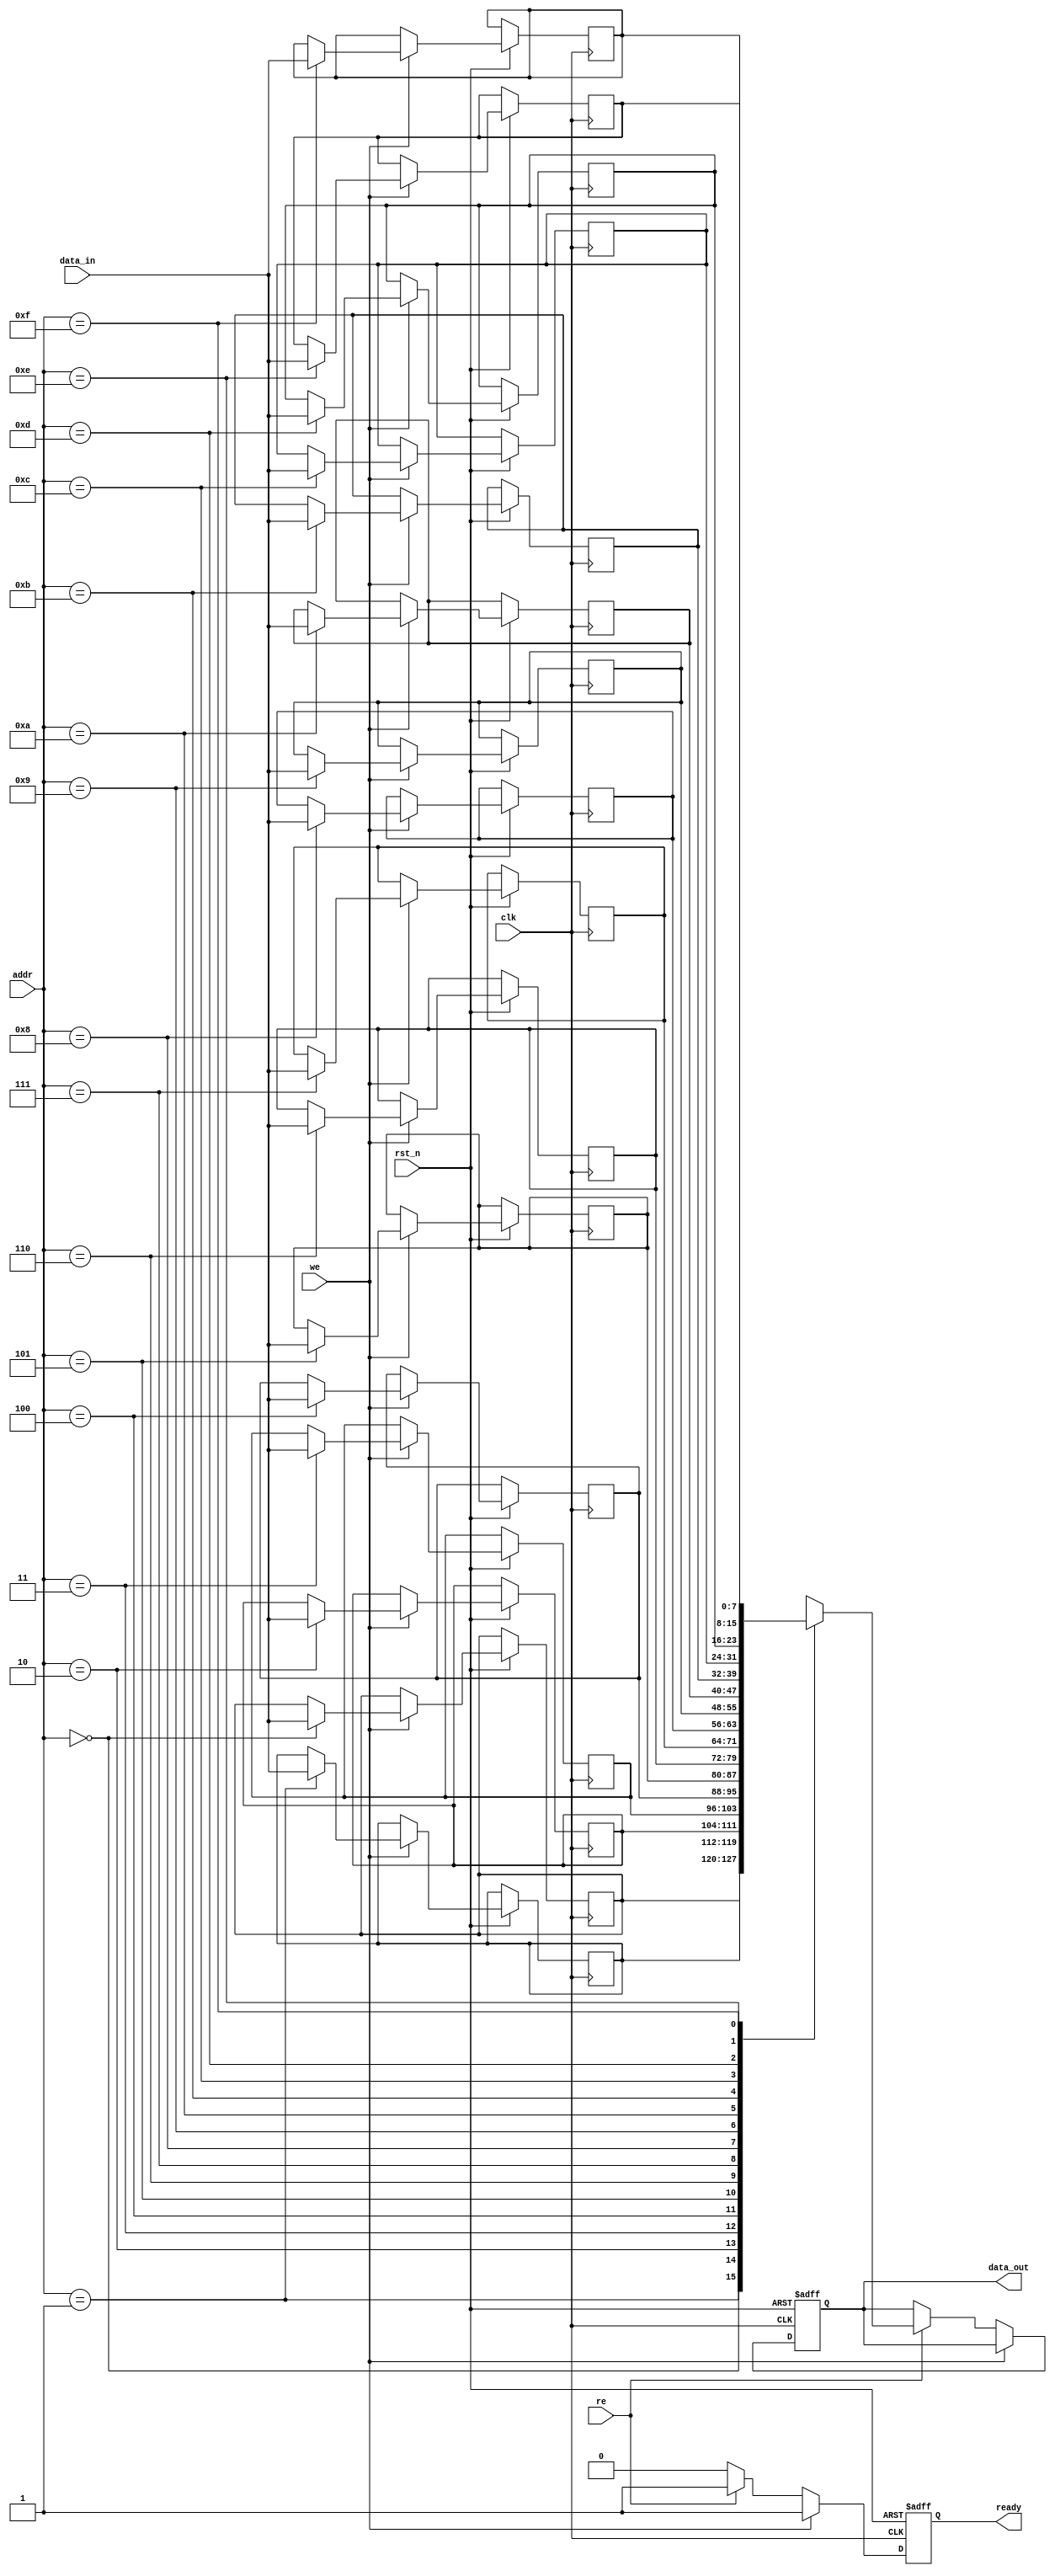
module low_power_sram #(
    parameter DATA_WIDTH = 8, // Configurable data width
    parameter ADDR_WIDTH = 4,  // Address width (for 16 words)
    parameter MEM_DEPTH = 1 << ADDR_WIDTH // Memory depth (2^ADDR_WIDTH)
)(
    input wire clk,
    input wire rst_n,
    input wire [ADDR_WIDTH-1:0] addr,
    input wire [DATA_WIDTH-1:0] data_in,
    input wire we, // Write enable
    input wire re, // Read enable
    output reg [DATA_WIDTH-1:0] data_out,
    output reg ready // Indicates operation completion
);

    // Memory array (6T SRAM cells)
    reg [DATA_WIDTH-1:0] mem [0:MEM_DEPTH-1];

    // Control logic
    always @(posedge clk or negedge rst_n) begin
        if (!rst_n) begin
            data_out <= 0;
            ready <= 0;
        end else begin
            ready <= 0; // Default to not ready
            if (we) begin
                mem[addr] <= data_in; // Write operation
                ready <= 1; // Indicate operation complete
            end else if (re) begin
                data_out <= mem[addr]; // Read operation
                ready <= 1; // Indicate operation complete
            end
        end
    end

endmodule